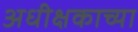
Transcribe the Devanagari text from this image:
अधीक्षकाच्या